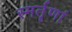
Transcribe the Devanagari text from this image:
स्मर्तॄणां